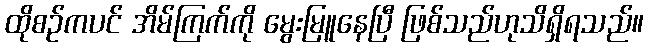
ထိုစဉ်ကပင် အိမ်ကြက်ကို မွေးမြူနေပြီ ဖြစ်သည်ဟုသိရှိရသည်။